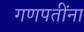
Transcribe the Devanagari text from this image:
गणपतींना